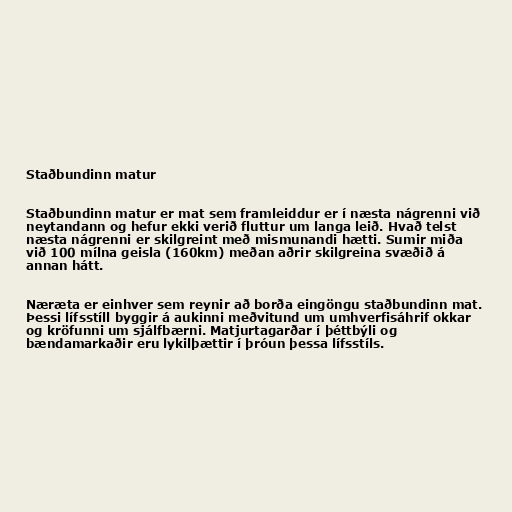
Staðbundinn matur

Staðbundinn matur er mat sem framleiddur er í næsta nágrenni við
neytandann og hefur ekki verið fluttur um langa leið. Hvað telst
næsta nágrenni er skilgreint með mismunandi hætti. Sumir miða
við 100 mílna geisla (160km) meðan aðrir skilgreina svæðið á
annan hátt.

Næræta er einhver sem reynir að borða eingöngu staðbundinn mat.
Þessi lífsstíll byggir á aukinni meðvitund um umhverfisáhrif okkar
og kröfunni um sjálfbærni. Matjurtagarðar í þéttbýli og
bændamarkaðir eru lykilþættir í þróun þessa lífsstíls.